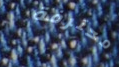
محترفة